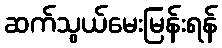
ဆက်သွယ်မေးမြန်းရန်